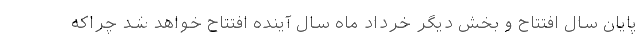
پایان سال افتتاح و بخش دیگر خرداد ماه سال آینده افتتاح خواهد شد چراکه